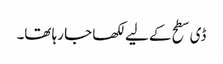
ڈی سطح کے لیے لکھا جا رہا تھا۔